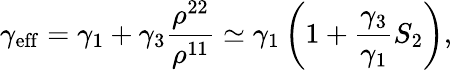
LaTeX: \gamma_{\mathrm{eff}}=\gamma_{1}+\gamma_{3}\frac{\rho^{22}}{\rho^{11}}\simeq\gamma_{1}\left(1+\frac{\gamma_{3}}{\gamma_{1}}S_{2}\right),